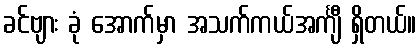
ခင်ဗျား ခုံ အောက်မှာ အသက်ကယ်အင်္ကျီ ရှိတယ်။